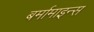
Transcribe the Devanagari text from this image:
बर्मामाइन्स